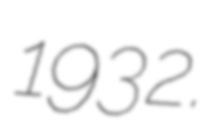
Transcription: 1932.